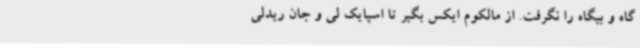
گاه و بیگاه را نگرفت. از مالکوم ایکس بگیر تا اسپایک لی و جان ریدلی